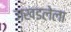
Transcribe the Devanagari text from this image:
जखडलेला